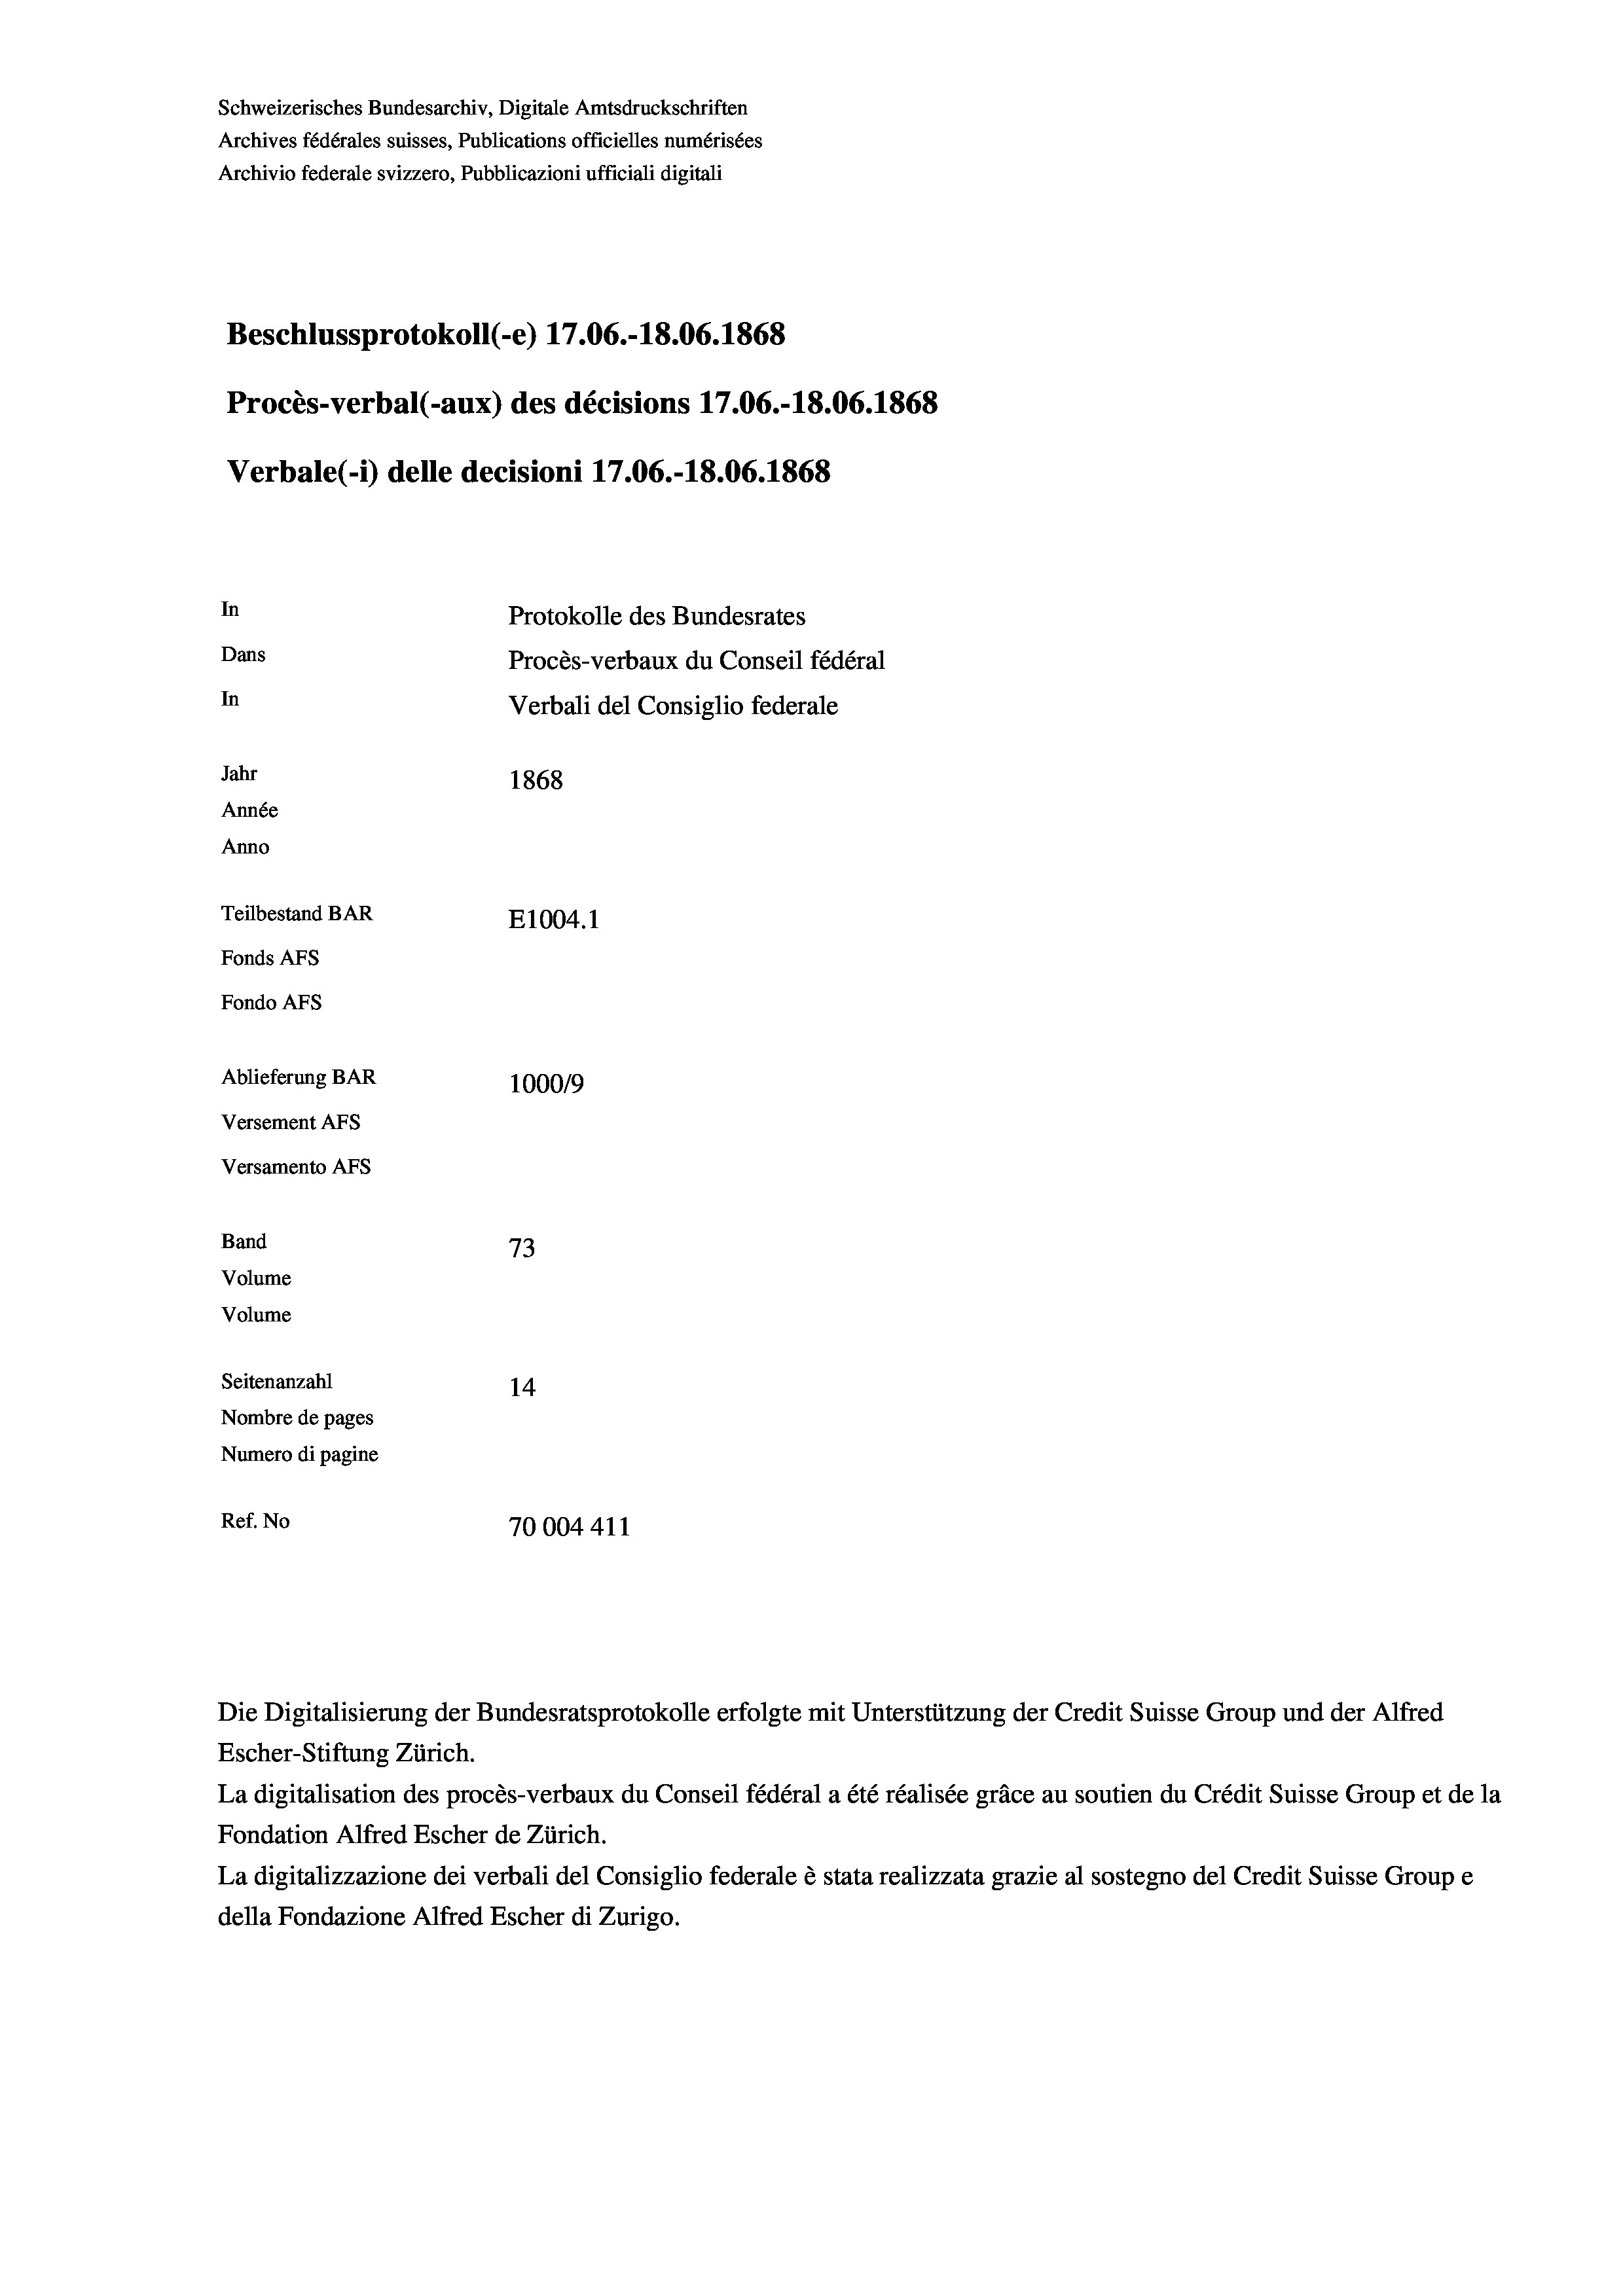
Schweizerisches Bundesarchiv, Digitale Amtsdruckschriften
Archives fédérales suisses, Publications officielles numérisées
Archivio federale svizzero, Pubblicazioni ufficiali digitali
Beschlussprotokoll (-e) 17.06.-18.06. 1868
Procès-verbal (-aux) des décisions 17.06.-18.06. 1868
Verbale (i) delle decisioni 17.06.-18.06. 1868
In
Protokolle des Bundesrates
Dans
Procès-verbaux du Conseil fédéral
In
Verbali del Consiglio federale
Jahr
1868
Année
Anno
Teilbestand BAR
E1004. 1
Fonds AFs
Fondo Afs
Ablieferung BAR
1000/9
Versement AFs
Versamento Afs
Band
73
Volume
Volume

Seitenanzahl
14
Nombre de pages
Numero di pagine
Ref. No
70004411

Escher-Stiftung Zürich.
La digitalisation des procès-verbaux du Conseil fédéral a été réalisée gräce au soutien du Crédit Suisse Group et de la
Fondation Alfred Escher de Zürich.
La digitalizzazione dei verbali del Consiglio federale è stata realizzata grazie al sostegno del Credit Suisse Groupe
della Fondazione Alfred Escher di Zurigo.

Die Digitalisierung der Bundesratsprotokolle erfolgte mit Unterstützung der Credit Suisse Group und der Alfred